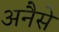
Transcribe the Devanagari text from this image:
अनैसे